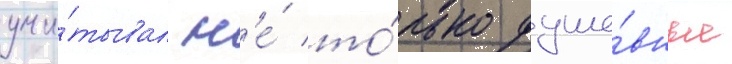
учи́тывал н'е́ то́лько душе́вные